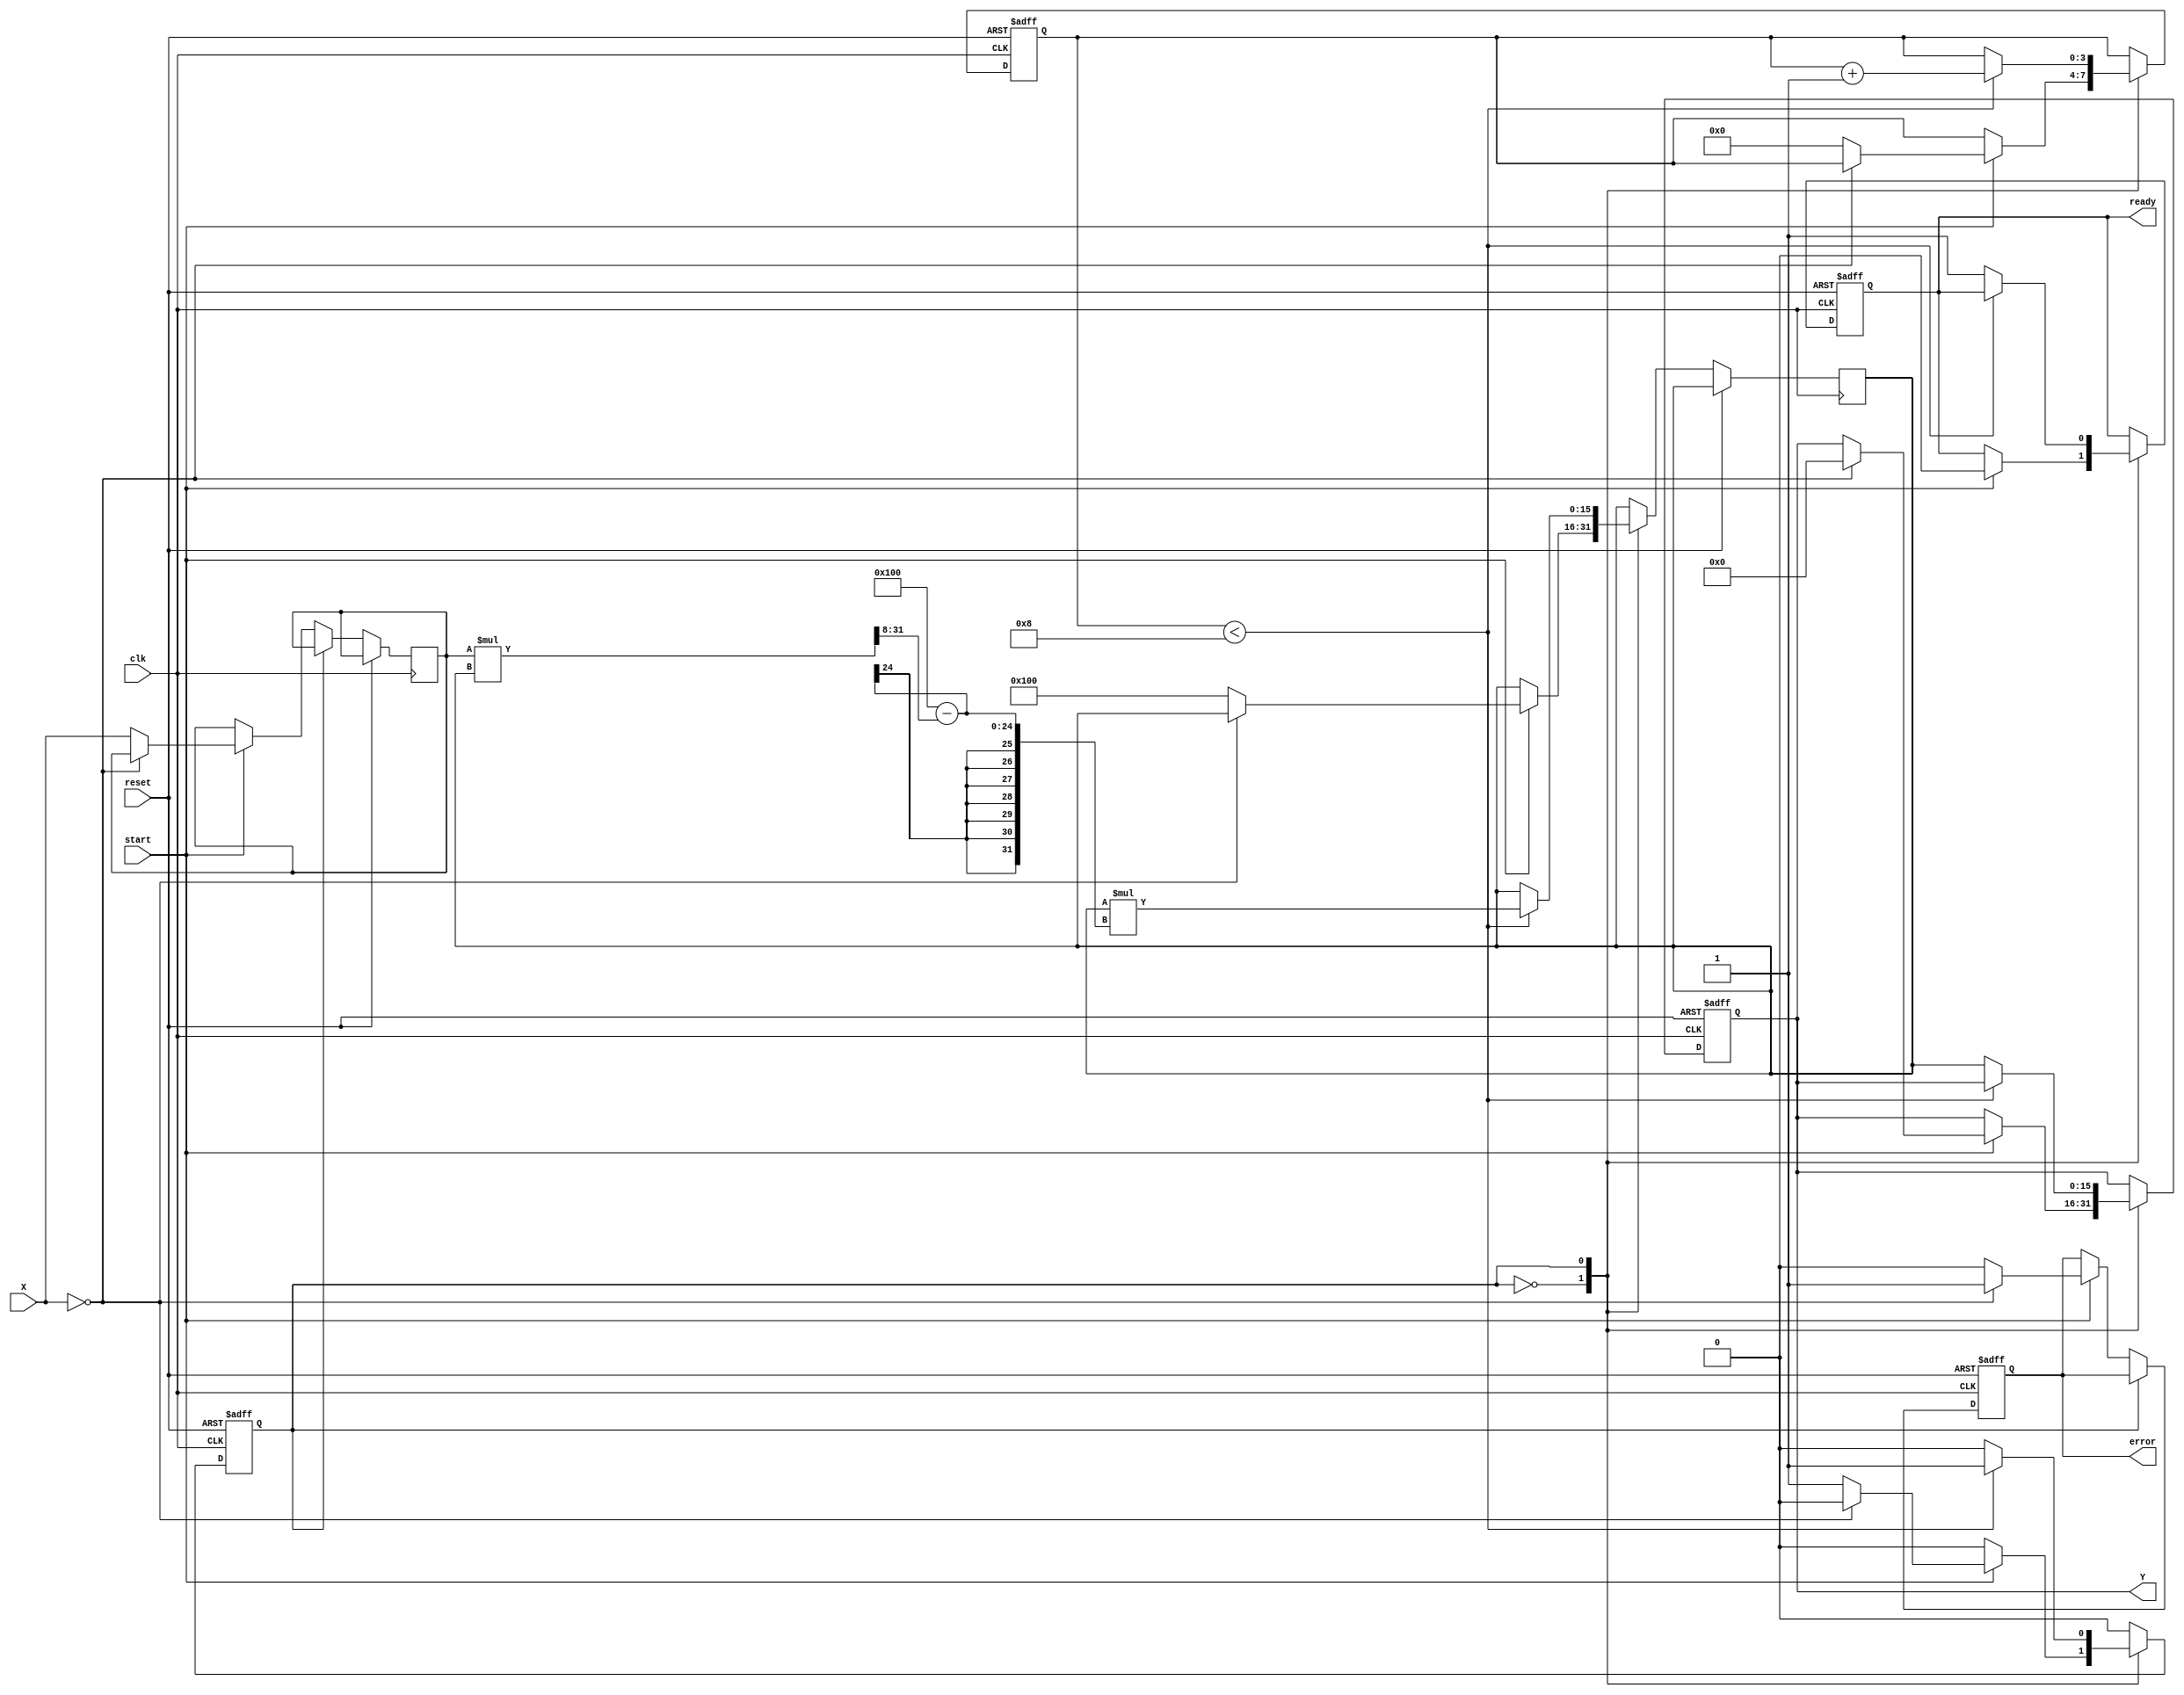
module FixedPointReciprocal #(
    parameter N = 16,          // Input width
    parameter M = 16,          // Output width
    parameter FRACTIONAL_BITS = 8 // Number of fractional bits
)(
    input wire clk,
    input wire reset,
    input wire start,
    input wire [N-1:0] X,      // Input data
    output reg [M-1:0] Y,      // Output data
    output reg ready,           // Ready signal
    output reg error            // Error signal
);

    localparam MAX_ITERATIONS = 8; // Maximum iterations for convergence
    localparam ONE = (1 << FRACTIONAL_BITS); // Fixed-point representation of 1
    reg [M-1:0] reciprocal; // Intermediate result of reciprocal calculation
    reg [N-1:0] x_reg;
    reg [3:0] iteration; // Iteration counter
    reg busy; // Indicates if the module is busy processing

    // State machine for the reciprocal calculation
    always @(posedge clk or posedge reset) begin
        if (reset) begin
            Y <= 0;
            ready <= 0;
            error <= 0;
            busy <= 0;
            iteration <= 0;
        end else begin
            case (busy)
                1'b0: begin
                    if (start) begin
                        // Check for division by zero
                        if (X == 0) begin
                            Y <= 0;  // or another predefined value
                            error <= 1;
                        end else begin
                            x_reg <= X;
                            reciprocal <= ONE; // Initial guess
                            iteration <= 0;
                            busy <= 1; // Start processing
                            error <= 0; // Clear error signal
                        end
                        ready <= 0; // Not ready until computation is done
                    end
                end
                1'b1: begin
                    if (iteration < MAX_ITERATIONS) begin
                        // Newton-Raphson formula: x_{n+1} = x_n * (2 - X * x_n)
                        reciprocal <= reciprocal * (ONE - (x_reg * reciprocal >> FRACTIONAL_BITS));
                        iteration <= iteration + 1;
                    end else begin
                        Y <= reciprocal; // Final result
                        ready <= 1; // Signal that computation is complete
                        busy <= 0; // Reset busy state
                    end
                end
            endcase
        end
    end

endmodule